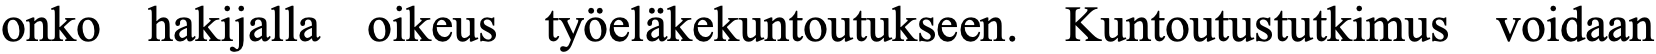
onko hakijalla oikeus työeläkekuntoutukseen. Kuntoutustutkimus voidaan